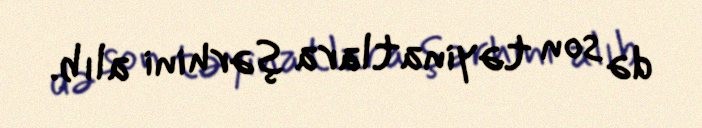
də son təyinatlara şərhini alıb.